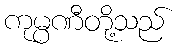
ကုမ္ပဏီတို့သည်